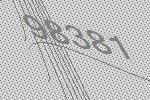
98381